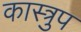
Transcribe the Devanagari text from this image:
कास्त्रुप